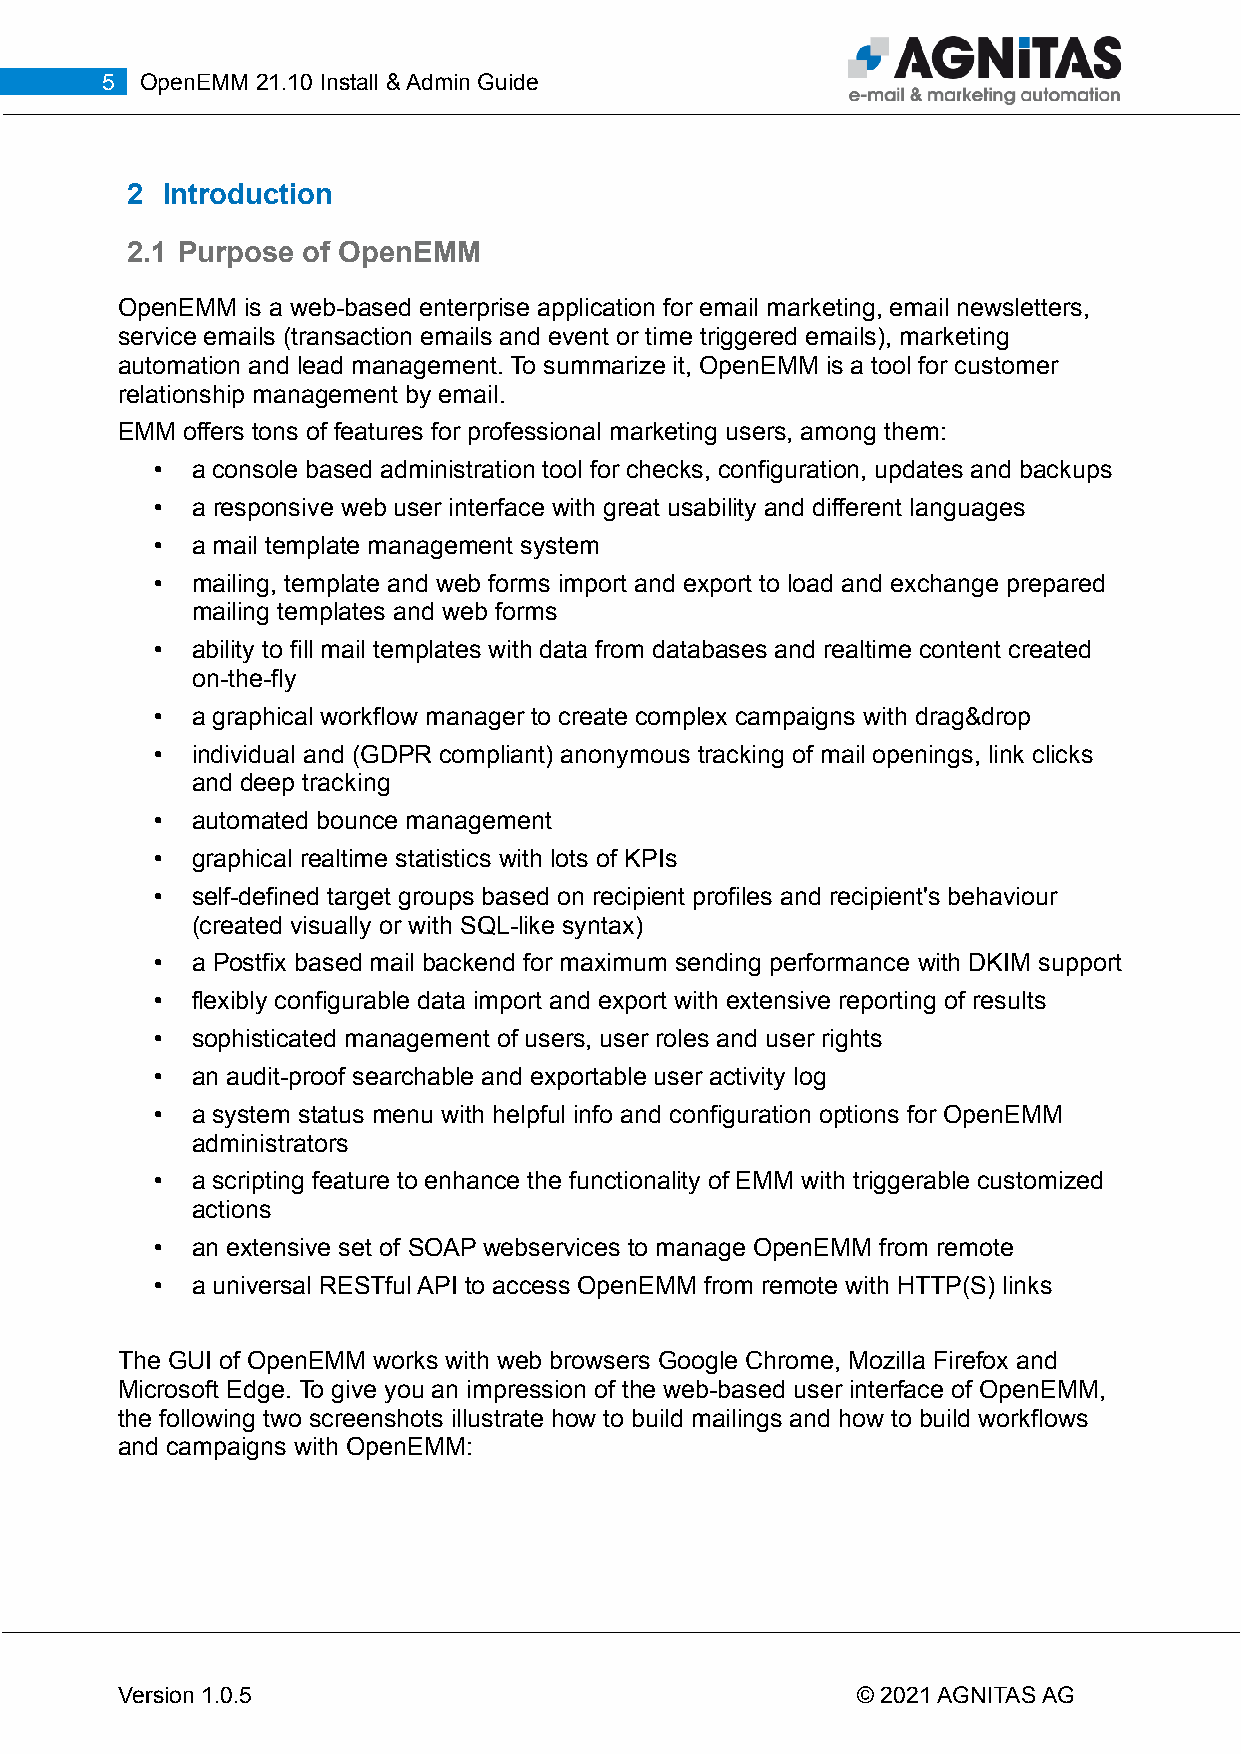
5 OpenEMM 21.10 Install & Admin Guide
 2  Introduction
 2.1 Purpose of OpenEMM
 OpenEMM is a web-based enterprise application for email marketing, email newsletters,
 service emails (transaction emails and event or time triggered emails), marketing
 automation and lead management. To summarize it, OpenEMM is a tool for customer
 relationship management by email.
 EMM offers tons of features for professional marketing users, among them:
 •  a console based administration tool for checks, configuration, updates and backups
 •  a responsive web user interface with great usability and different languages
 •  a mail template management system
 •  mailing, template and web forms import and export to load and exchange prepared
 mailing templates and web forms
 •  ability to fill mail templates with data from databases and realtime content created
 on-the-fly
 •  a graphical workflow manager to create complex campaigns with drag&drop
 •  individual and (GDPR compliant) anonymous tracking of mail openings, link clicks
 and deep tracking
 •  automated bounce management
 •  graphical realtime statistics with lots of KPIs
 •  self-defined target groups based on recipient profiles and recipient's behaviour
 (created visually or with SQL-like syntax)
 •  a Postfix based mail backend for maximum sending performance with DKIM support
 •  flexibly configurable data import and export with extensive reporting of results
 •  sophisticated management of users, user roles and user rights
 •  an audit-proof searchable and exportable user activity log
 •  a system status menu with helpful info and configuration options for OpenEMM
 administrators
 •  a scripting feature to enhance the functionality of EMM with triggerable customized
 actions
 •  an extensive set of SOAP webservices to manage OpenEMM from remote
 •  a universal RESTful API to access OpenEMM from remote with HTTP(S) links
 The GUI of OpenEMM works with web browsers Google Chrome, Mozilla Firefox and
 Microsoft Edge. To give you an impression of the web-based user interface of OpenEMM,
 the following two screenshots illustrate how to build mailings and how to build workflows
 and campaigns with OpenEMM:
 Version 1.0.5                                    © 2021 AGNITAS AG